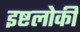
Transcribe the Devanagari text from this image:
इष्टलोकी